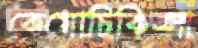
কেমোচিকিত্সা